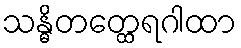
သန္ဓိတတ္ထေရဂါထာ